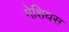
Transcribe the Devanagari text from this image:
मेशियस